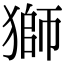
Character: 獅